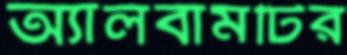
অ্যালবামটির